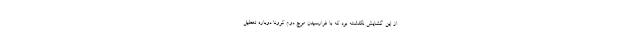
از این گشایش نگذشته بود که با فرارسیدن موج دوم کرونا دوباره تعطیل